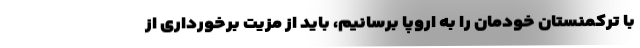
با ترکمنستان خودمان را به اروپا برسانیم، باید از مزیت برخورداری از